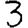
Digit: 3